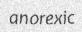
anorexic